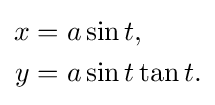
{\begin{aligned}x&=a\sin t,\\y&=a\sin t\tan t.\end{aligned}}